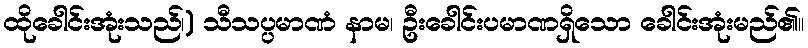
ထိုခေါင်းအုံးသည်၊) သီသပ္ပမာဏံ နာမ၊ ဦးခေါင်းပမာဏရှိသော ခေါင်းအုံးမည်၏။